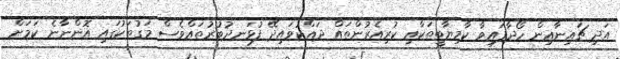
އަދި ޗައިނާއިން ހޯދާފައިވާ ކާމިޔާބީތަކާއި ކުރިއެރުންތައް ދައްކުވައިދޭ ފުޅަނދުބުރުތައްވެސް މަގުތަކުގައި އޮންނާނެ ކަމަށް